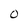
Character: O